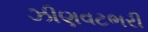
ઝીણવટભરી